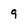
Character: 9